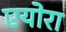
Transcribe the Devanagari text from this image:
एयोरा